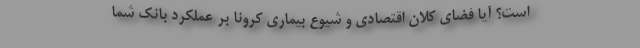
است؟ آیا فضای کلان اقتصادی و شیوع بیماری کرونا بر عملکرد بانک شما